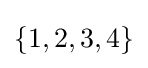
\left\{1,2,3,4\right\}